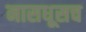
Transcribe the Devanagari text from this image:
नासधूसच